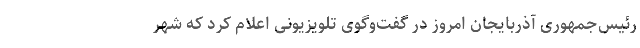
رئیس‌جمهوری آذربایجان امروز در گفت‌وگوی تلویزیونی اعلام کرد که شهر